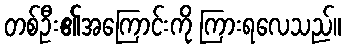
တစ်ဦး၏အကြောင်းကို ကြားရလေသည်။